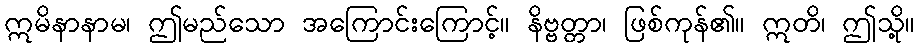
ဣမိနာနာမ၊ ဤမည်သော အကြောင်းကြောင့်။ နိဗ္ဗတ္တာ၊ ဖြစ်ကုန်၏။ ဣတိ၊ ဤသို့။